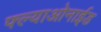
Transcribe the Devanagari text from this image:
फ्ल्याओनाईड